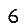
Digit: 6